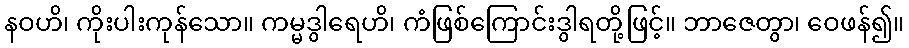
နဝဟိ၊ ကိုးပါးကုန်သော။ ကမ္မဒွါရေဟိ၊ ကံဖြစ်ကြောင်းဒွါရတို့ဖြင့်။ ဘာဇေတွာ၊ ဝေဖန်၍။